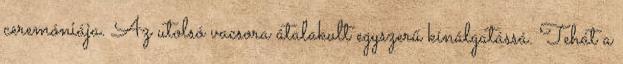
ceremóniája. Az utolsó vacsora átalakult egyszerű kínálgatássá. Tehát a